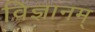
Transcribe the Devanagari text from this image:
विज्ञानम्